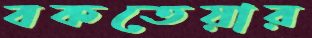
বকতেয়ার